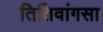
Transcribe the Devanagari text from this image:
तितिवांगसा